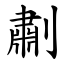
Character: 㔅